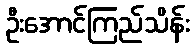
ဦးအောင်ကြည်သိန်း